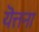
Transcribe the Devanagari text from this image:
यॆत्तना